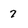
Character: 7